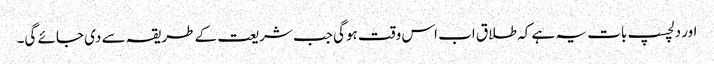
اور دلچسپ بات یہ ہے کہ طلاق اب اس وقت ہوگی جب شریعت کے طریقہ سے دی جائے گی۔